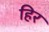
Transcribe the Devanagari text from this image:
हिर